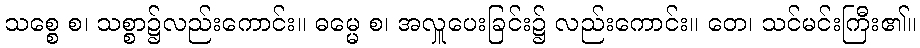
သစ္စေ စ၊ သစ္စာ၌လည်းကောင်း။ ဓမ္မေ စ၊ အလှူပေးခြင်း၌ လည်းကောင်း။ တေ၊ သင်မင်းကြီး၏။